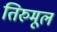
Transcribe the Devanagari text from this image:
तिरुमूल